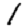
Digit: 1